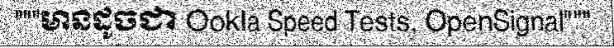
"""មានដូចជា Ookla Speed Tests, OpenSignal"""